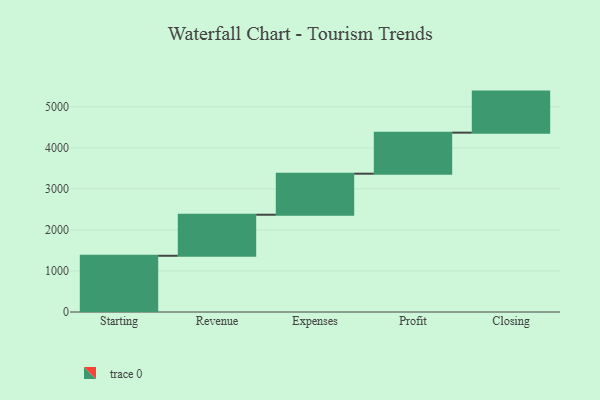
{"axis": {"x": "Step", "y": "Value"}, "legend": [""], "data": [{"x": "Starting", "y": 1370.0, "type": ""}, {"x": "Revenue", "y": 1000, "type": ""}, {"x": "Expenses", "y": 1000, "type": ""}, {"x": "Profit", "y": 1000, "type": ""}, {"x": "Closing", "y": 1000, "type": ""}]}